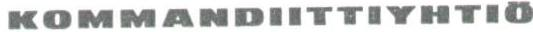
KOMMANDIITTIYHTIÖ